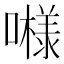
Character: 𱕇